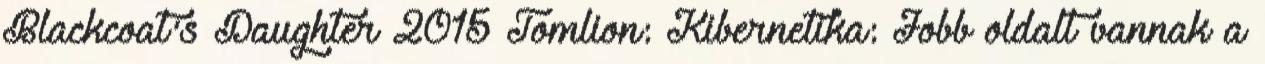
Blackcoat's Daughter 2015 Tomlion: Kibernetika: Jobb oldalt vannak a